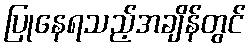
ပြုနေရသည့်အချိန်တွင်